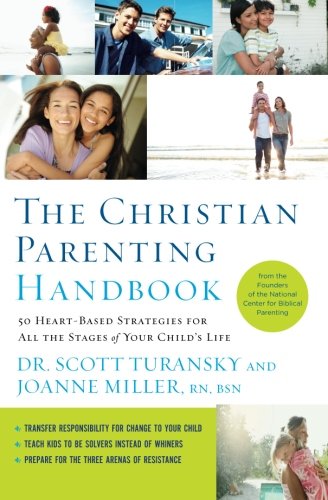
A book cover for The Christian Parenting Handbook: 50 Heart-Based Strategies for All the Stages of Your Child's Life; Scott Turansky; Christian Books & Bibles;